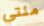
مئتي